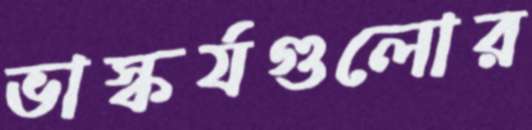
ভাস্কর্যগুলোর